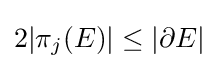
2|\pi _{j}(E)|\leq |\partial E|